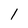
Character: 1